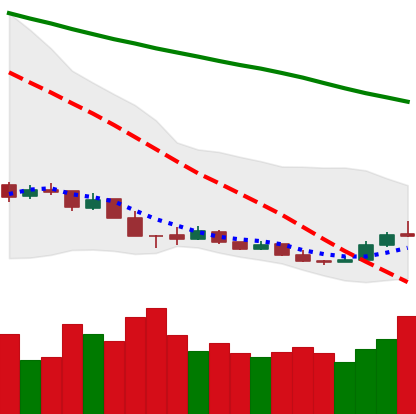
Ticker: XMR-USD
Chart end date: 2018-12-19
Forward return: 21.64%
Label: up_7plus